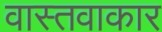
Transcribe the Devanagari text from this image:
वास्तवाकार